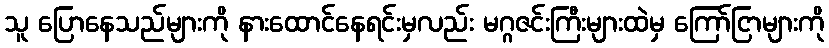
သူ ပြောနေသည်များကို နားထောင်နေရင်းမှလည်း မဂ္ဂဇင်းကြီးများထဲမှ ကြော်ငြာများကို